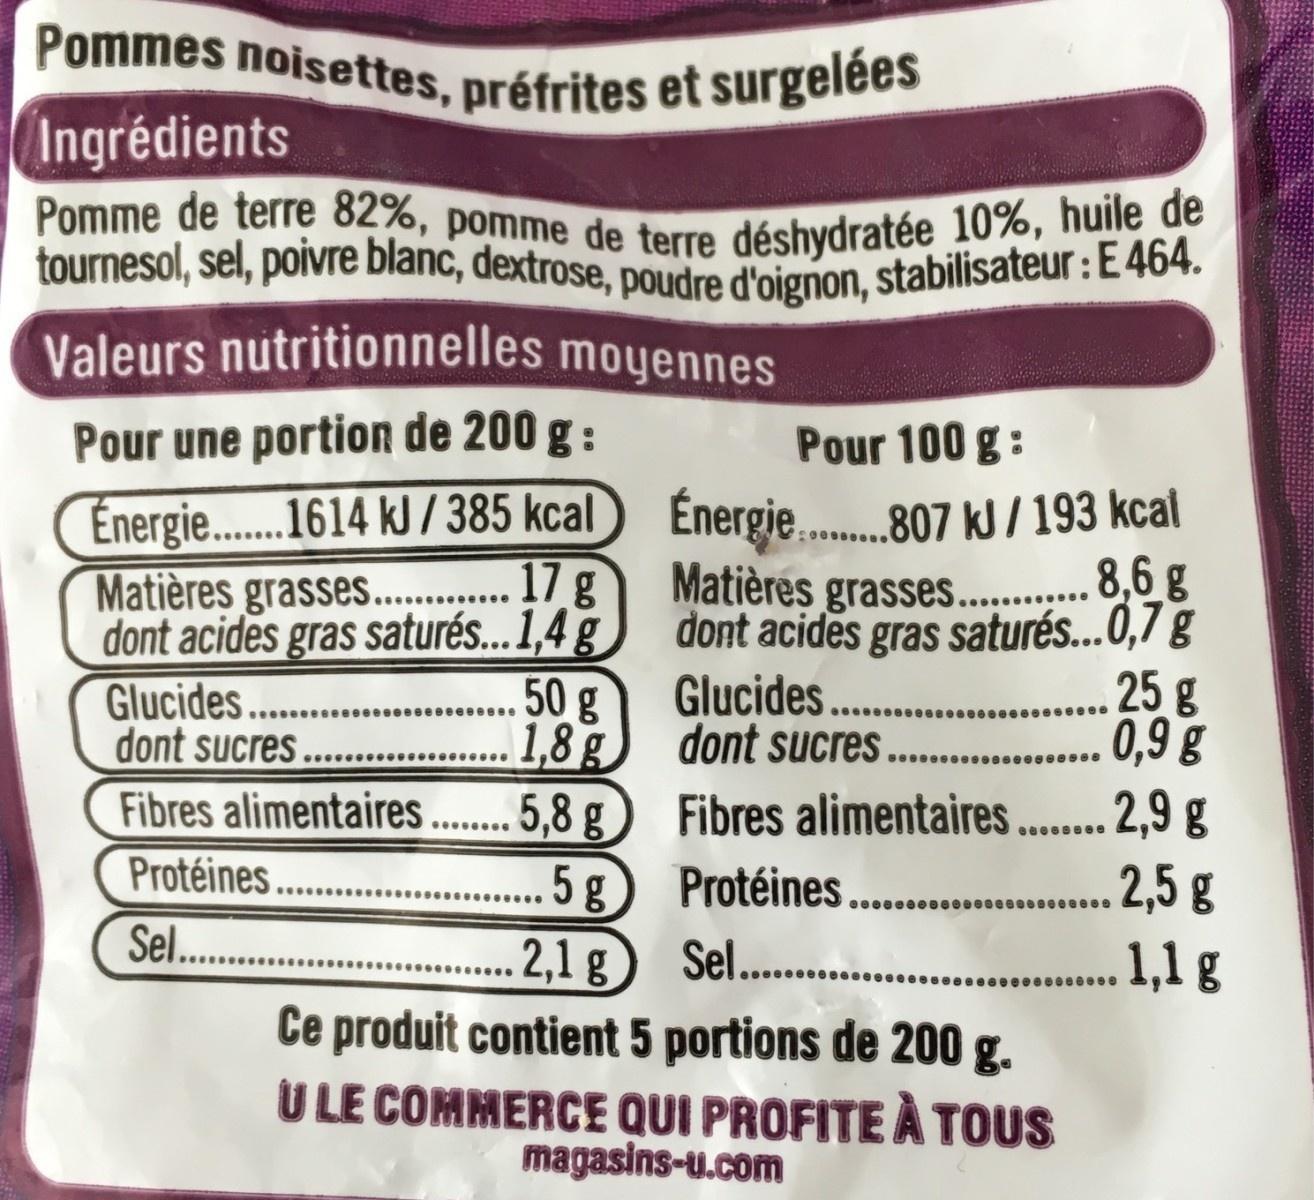
Pommes noisettes, préfrites et surgelées
tournesol, sel, poivre blanc, dextrose, poudre d'oignon, stabilisateur :E 464.
Pomme de terre 82%, pomme de terre déshydratée 10%, huile de
Ingrédients Pomme de terre 82%, pomme de terre déshydratée 10%, hulle de
Valeurs nutritionnelles moyennes
Pour une portion de 200 g :
Pour 100 g:
Énergie.1614 kJ / 385 kcal Matières grasses. . 1 g
Energie .807 kJ/ 193 kcal Matières grasses. ..8,6 g
.eeee
dont acides gras saturés...1,4 g) dont acides gras saturés...0,7 g 50g
25g 0,9 g .,9 g 2,5 g 1,1 g
Glucides... dont sucres.
Glucides. dont sucres
eeeeeeeeeeeeeeee ee
eeeeeeeeeee
1,8g 5,8 g Fibres alimentaires . Protéines.
Protéines...
5g 2,1g Sel.. Ce produit contient 5 portions de 200 g. U LE COMMERCE QUI PROFITE À TOUS magasins-u.com
.....
Sel.